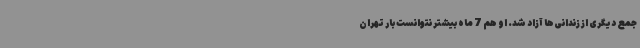
جمع دیگری از زندانی‌ها آزاد شد. او هم 7 ‌ماه بیشتر نتوانست بار تهران